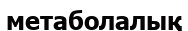
метаболалық